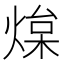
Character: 㷘